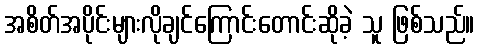
အစိတ်အပိုင်းများလိုချင်ကြောင်းတောင်းဆိုခဲ့ သူ ဖြစ်သည်။